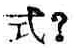
式？